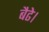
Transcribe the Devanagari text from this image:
बैढे।